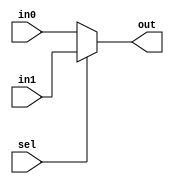
// mux2-1 => multiplexor parametrizabil cu doua intrari de date pe N biti , o iesire de date pe N biti si o selectie pe un bit
module mux2_1 #( parameter N = 32 )			
	 (	  
	 	input  sel,	   				// semnal de selectie (out = in0 daca sel = 0 sau out = in1 daca sel = 1)
	 	input  [ N-1 : 0 ] in0,		// intrarea 1 de date pe N biti
	 	input  [ N-1 : 0 ] in1,		// intrarea 2 de date pe N biti
		output [ N-1 : 0 ] out		// iesirea de date pe N biti
	 );		 
	 
	 assign out = sel ? in1 : in0; 	// conditionala <=> if(sel) out = in1;
		 							//					else 	out = in0; 
endmodule